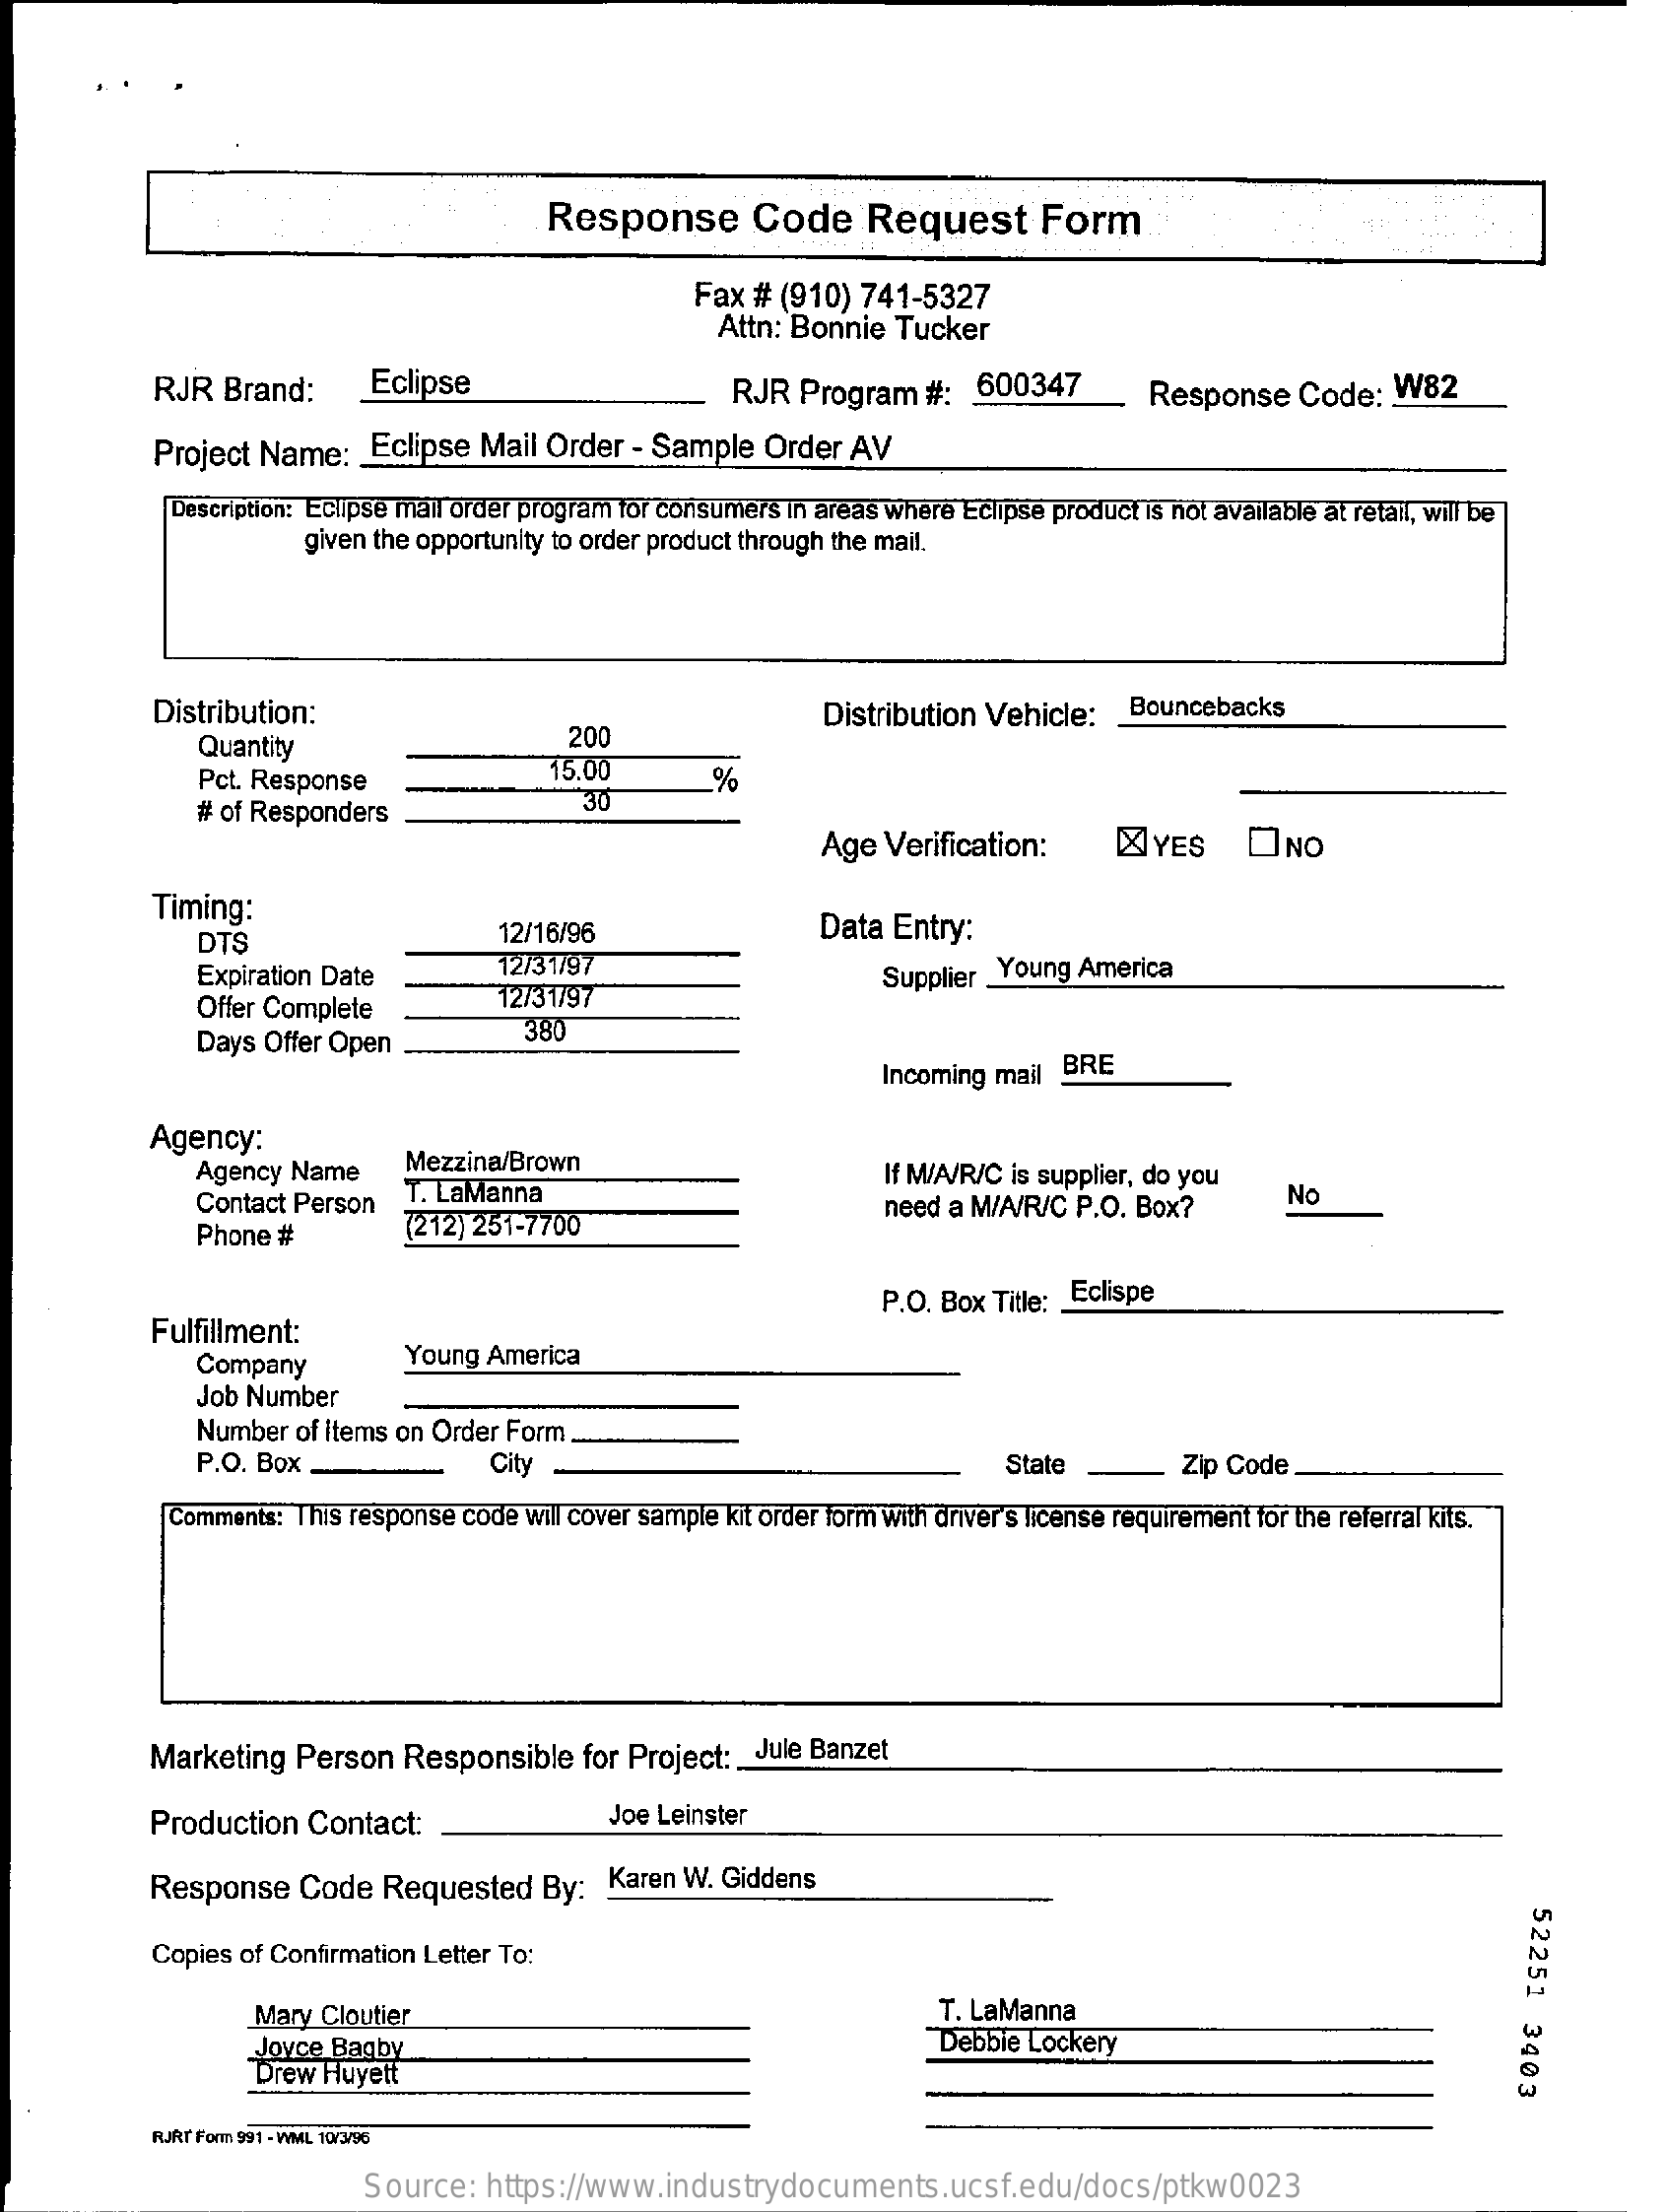
Response    Code    Request    Form
     Fax # (910) 741-5327
     Attn: Bonnie  Tucker
     RJR  Brand:    Eclipse    RJR  Program   #:  600347    Response    Code:  W82
     Project Name:   Eclipse  Mail Order  - Sample  Order AV
     Description: Eclipse mail order program for consumers in areas where Eclipse product is not available at retail, will be
     given the opportunity to order product through the mail.
     Distribution:
     Quantity
     200
     Distribution Vehicle:   Bouncebacks
     Pct. Response    15.00
     # of Responders
     30
     %
     Age  Verification:    YES    ONO
     Timing:
     DTS    12/16/96    Data Entry:
     Expiration Date    12/31/97
     Offer Complete    12/31/97
     Supplier Young America
     Days Offer Open
     380
     Incoming mail BRE
     Agency:
     Agency Name    Mezzina/Brown
     Contact Person  T. LaManna
     If M/A/R/C is supplier, do you
     Phone #    (212) 251-7700
     need a M/A/R/C P.O. Box?    No
     P.O. Box Title: . Eclispe
     Fulfillment:
     Company    Young  America
     Job Number
     Number  of Items on Order Form
     P.O. Box .    City    State    Zip Code
     Comments: This response code will cover sample kit order form with driver's license requirement for the referral kits.
     Marketing  Person  Responsible   for Project: _ Jule Banzet
     Production  Contact:    Joe Leinster
     Response   Code  Requested    By:  Karen W. Giddens
     52251
     3403
     Copies of Confirmation Letter To:
     Mary Cloutier    T. LaManna
     Joyce Bagby
     Drew Huyett
     Debbie Lockery
     RJRT Form 991 - WML 10/3/96
     Source:  https://www.industrydocuments.ucsf.edu/docs/ptkw0023